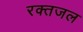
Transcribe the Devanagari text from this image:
रक्तजल